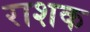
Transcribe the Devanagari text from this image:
राशक